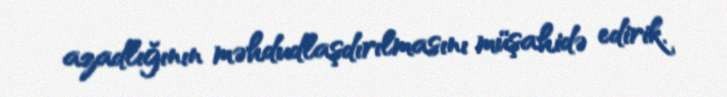
azadlığının məhdudlaşdırılmasını müşahidə edirik.